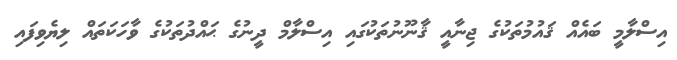
އިސްލާމީ ބައެއް ޤައުމުތަކުގެ ޖިނާއީ ޤާނޫނުތަކުގައި އިސްލާމް ދީނުގެ ޙައްދުތަކުގެ ވާހަކަތައް ލިޔެވިފައި